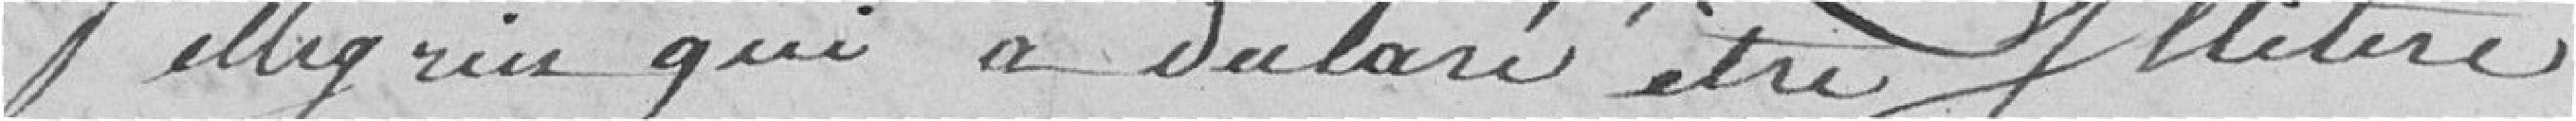
Pellegrin qui a déclaré être illetré